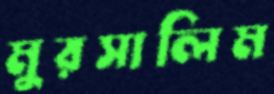
মুরসালিম